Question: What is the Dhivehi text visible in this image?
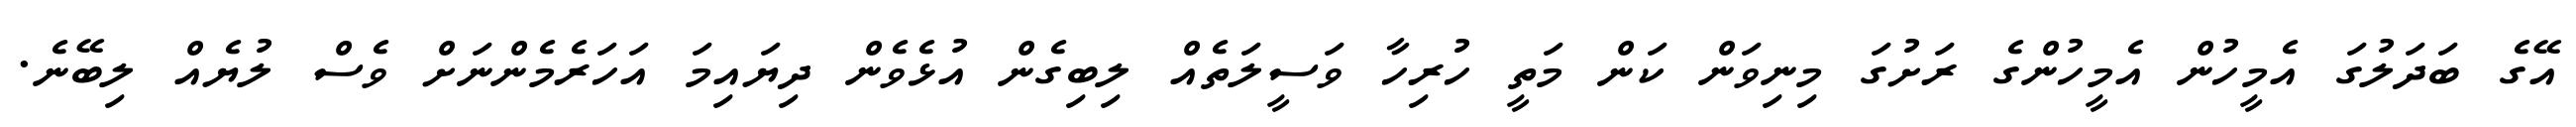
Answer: އޭގެ ބަދަލުގަ އެމީހުން އެމީހުންގެ ރަށުގަ މިނިވަން ކަން މަތީ ހުރިހާ ވަސީލަތެއް ލިބިގެން އުޅެވެން ދިޔައިމަ އަހަރެމެންނަށް ވެސް ލުޔެއް ލިބޭނެ.